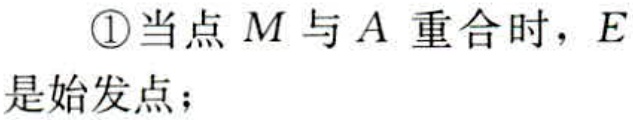
\textcircled{1}当点\(M\)与\(A\) 重合时，\(E\)是始发点；